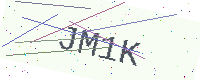
Text: JM1K